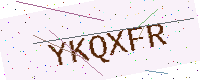
Text: YKQXFR